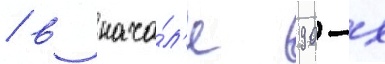
/ в нача́л'е 90-х